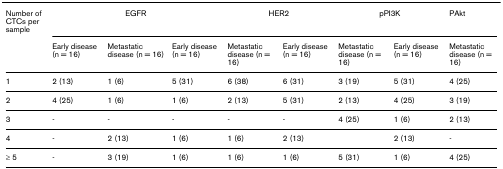
<table><thead><tr><td><b>Number of CTCs per sample</b></td><td colspan="3"><b>EGFR</b></td><td colspan="2"><b>HER2</b></td><td colspan="2"><b>pPI3K</b></td><td><b>PAkt</b></td></tr><tr><td></td><td><b>Early disease (n = 16)</b></td><td><b>Metastatic disease (n = 16)</b></td><td><b>Early disease (n = 16)</b></td><td><b>Metastatic disease (n = 16)</b></td><td><b>Early disease (n = 16)</b></td><td><b>Metastatic disease (n = 16)</b></td><td><b>Early disease (n = 16)</b></td><td><b>Metastatic disease (n = 16)</b></td></tr></thead><tbody><tr><td>1</td><td>2 (13)</td><td>1 (6)</td><td>5 (31)</td><td>6 (38)</td><td>6 (31)</td><td>3 (19)</td><td>5 (31)</td><td>4 (25)</td></tr><tr><td>2</td><td>4 (25)</td><td>1 (6)</td><td>1 (6)</td><td>2 (13)</td><td>5 (31)</td><td>2 (13)</td><td>4 (25)</td><td>3 (19)</td></tr><tr><td>3</td><td>-</td><td>-</td><td>-</td><td>-</td><td>-</td><td>4 (25)</td><td>1 (6)</td><td>2 (13)</td></tr><tr><td>4</td><td>-</td><td>2 (13)</td><td>1 (6)</td><td>1 (6)</td><td>2 (13)</td><td></td><td>2 (13)</td><td>-</td></tr><tr><td>≥ 5</td><td>-</td><td>3 (19)</td><td>1 (6)</td><td>1 (6)</td><td>1 (6)</td><td>5 (31)</td><td>1 (6)</td><td>4 (25)</td></tr></tbody></table>